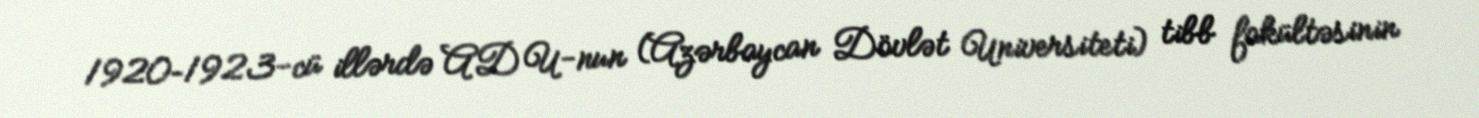
1920–1923-cü illərdə ADU-nun (Azərbaycan Dövlət Universiteti) tibb fakültəsinin